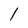
Character: l